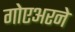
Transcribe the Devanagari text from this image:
गोएअरने